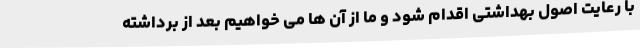
با رعایت اصول بهداشتی اقدام شود و ما از آن ها می خواهیم بعد از برداشته